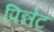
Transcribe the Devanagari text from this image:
पिन्नेट